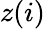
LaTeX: z(i)